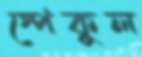
স্পেকুল